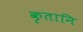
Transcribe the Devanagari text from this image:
कृतानि